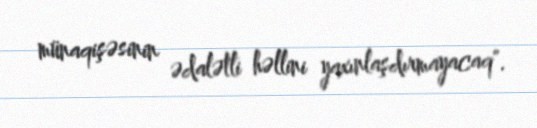
münaqişəsinin ədalətli həllini yaxınlaşdırmayacaq".